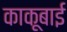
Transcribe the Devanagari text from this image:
काकूबाई